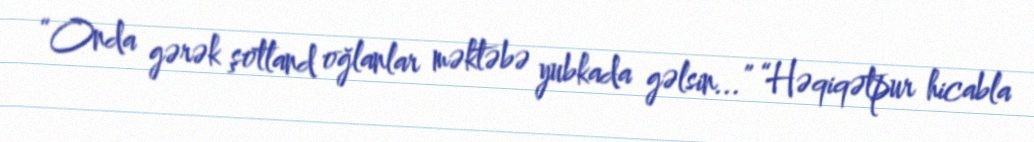
“Onda gərək şotland oğlanlar məktəbə yubkada gəlsin...” “Həqiqətpur hicabla